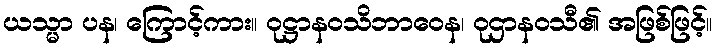
ယသ္မာ ပန၊ ကြောင့်ကား။ ဝုဋ္ဌာနဝသိဘာဝေန၊ ဝုဌာနဝသီ၏ အဖြစ်ဖြင့်။